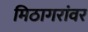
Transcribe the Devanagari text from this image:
मिठागरांवर